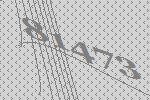
81473